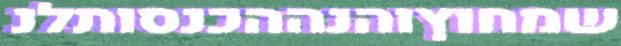
שמחוץוהנההכנסותלנ